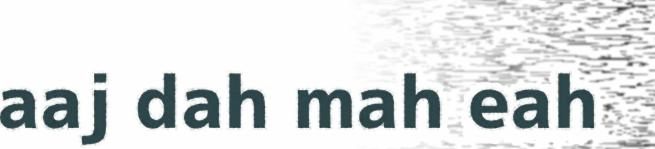
aaj dah mah eah